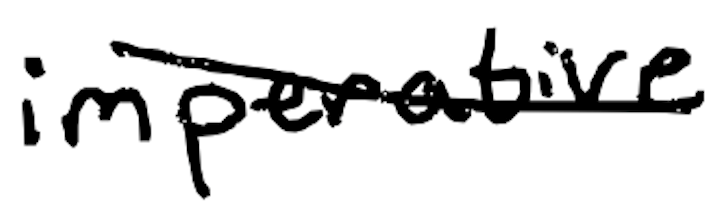
Text: imperative.
Cross-out: mix
Writing tool: digital_black